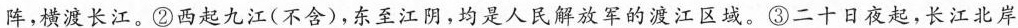
阵，横渡长江。②西起九江(不含)，东至江阴，均是人民解放军的渡江区域。③二十日夜起，长江北岸